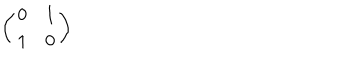
LaTeX: \left( \begin{array} { c c } { { 0 } } & { { 1 } } \\ { { 1 } } & { { 0 } } \\ \end{array} \right)